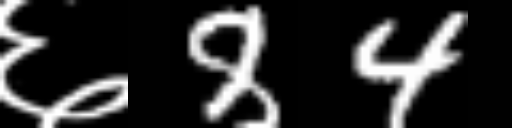
Text: ६84